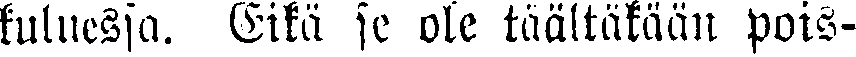
kuluessa. Eikä se ole täältäkään pois-